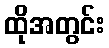
ထိုအတွင်း